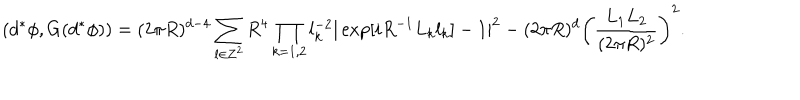
LaTeX: ( d ^ { \ast } \phi , G ( d ^ { \ast } \phi ) ) = ( 2 \pi R ) ^ { d - 4 } \sum _ { { \bf l } \in { \bf Z } ^ { 2 } } R ^ { 4 } \prod _ { k = 1 , 2 } l _ { k } ^ { - 2 } | \exp [ i R ^ { - 1 } L _ { k } l _ { k } ] - 1 | ^ { 2 } - ( 2 \pi R ) ^ { d } \biggl ( \frac { L _ { 1 } L _ { 2 } } { ( 2 \pi R ) ^ { 2 } } \biggr ) ^ { 2 } .